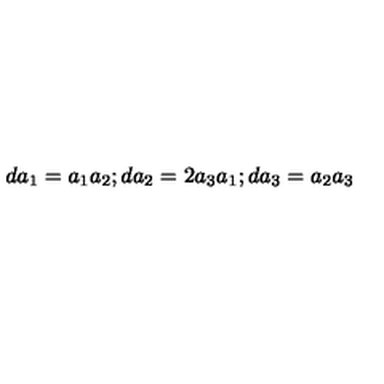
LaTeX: d a _ { 1 } = a _ { 1 } a _ { 2 } ; d a _ { 2 } = 2 a _ { 3 } a _ { 1 } ; d a _ { 3 } = a _ { 2 } a _ { 3 }